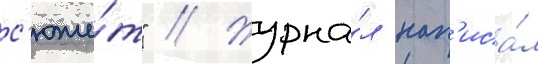
с'юже́т" // Журна́л нап'иса́л